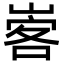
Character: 㟯